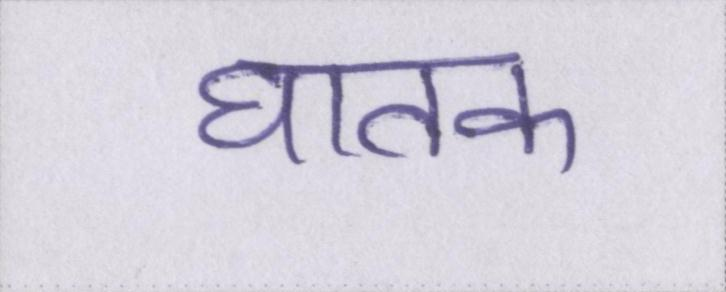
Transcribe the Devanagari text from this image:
घातक